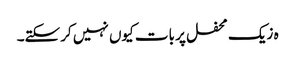
ہ زیک محفل پر بات کیوں نہیں کرسکتے۔